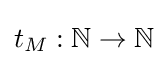
t_{M}:\mathbb {N} \to \mathbb {N}